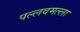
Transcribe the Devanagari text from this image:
पल्लवमल्ला